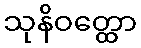
သုနိဝတ္ထော